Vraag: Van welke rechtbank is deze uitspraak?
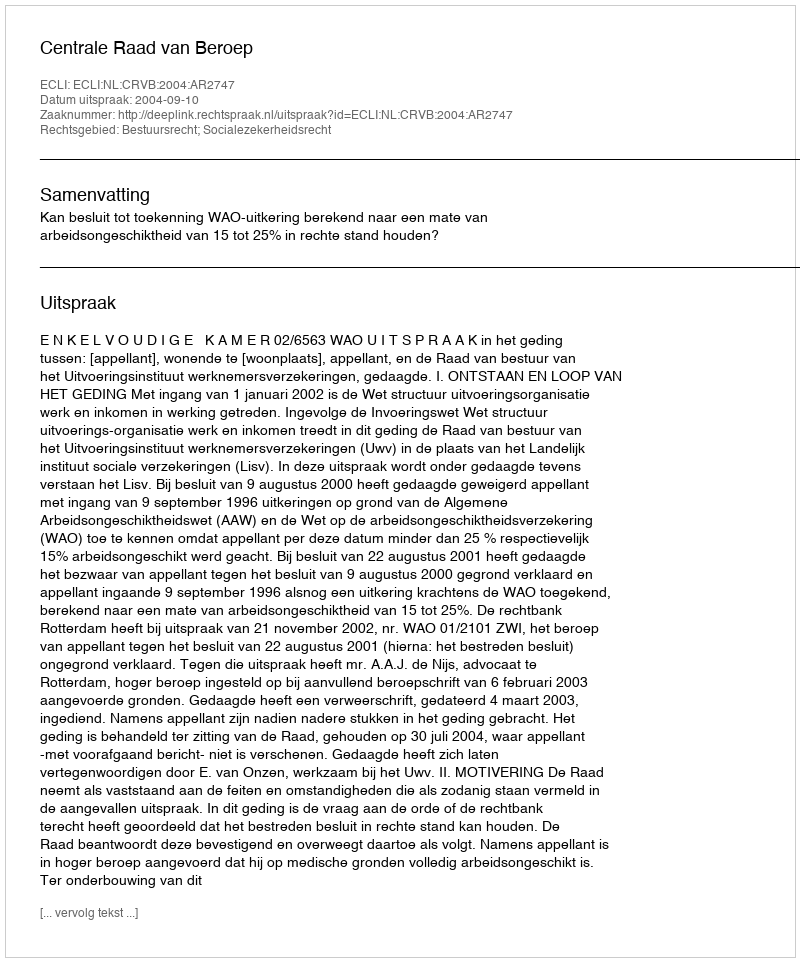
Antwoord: Centrale Raad van Beroep